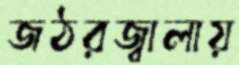
জঠরজ্বালায়